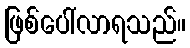
ဖြစ်ပေါ်လာရသည်။